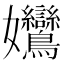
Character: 𡤻